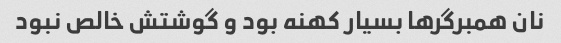
نان همبرگر‌ها بسیار کهنه بود و گوشتش خالص نبود